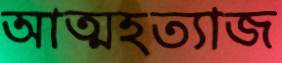
আত্মহত্যাজ